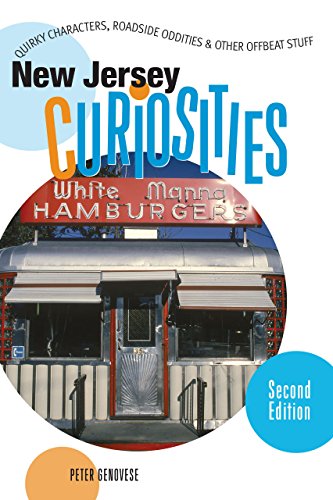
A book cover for New Jersey Curiosities, 2nd: Quirky Characters, Roadside Oddities & Other Offbeat Stuff (Curiosities Series); Peter Genovese1; Travel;